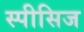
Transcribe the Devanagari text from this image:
स्पीसिज